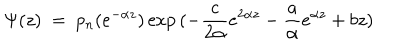
LaTeX: \Psi ( z ) \ = \ p _ { n } ( e ^ { - \alpha z } ) \exp { ( - { \frac { c } { 2 \alpha } } e ^ { 2 \alpha z } - { \frac { a } { \alpha } } e ^ { \alpha z } + b z ) }